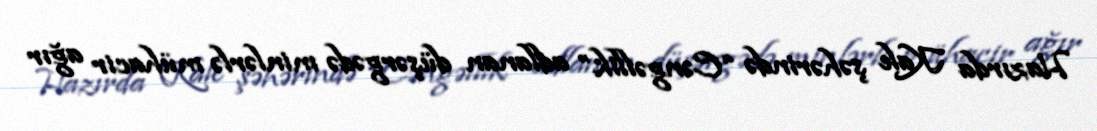
Hazırda Kale şəhərində “Cəngəllik” adlanan düşərgədə minlərlə mühacir ağır